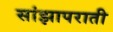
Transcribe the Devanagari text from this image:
सांझापराती